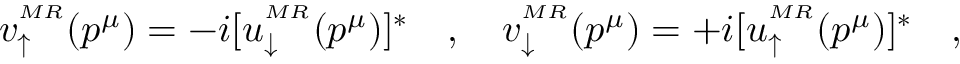
v _ { \uparrow } ^ { ^ { M R } } ( p ^ { \mu } ) = - i [ u _ { \downarrow } ^ { ^ { M R } } ( p ^ { \mu } ) ] ^ { \ast } \quad , \quad v _ { \downarrow } ^ { ^ { M R } } ( p ^ { \mu } ) = + i [ u _ { \uparrow } ^ { ^ { M R } } ( p ^ { \mu } ) ] ^ { \ast } \quad ,